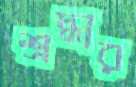
শ্রদ্ধার